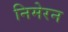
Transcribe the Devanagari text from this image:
निमेरन